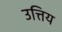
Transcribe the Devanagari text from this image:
उत्तिय